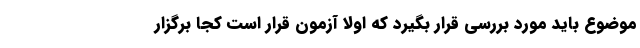
موضوع باید مورد بررسی قرار بگیرد که اولا آزمون قرار است کجا برگزار